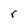
Character: r